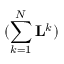
( \sum _ { k = 1 } ^ { N } \mathbf { L } ^ { k } )